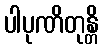
ပါပုဏိတုန္တိ